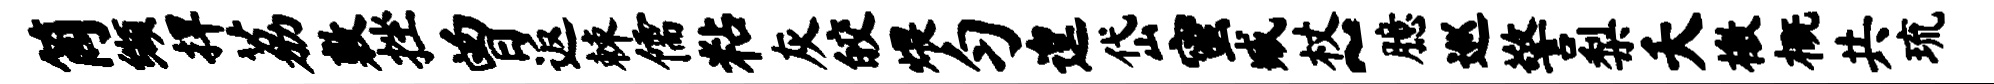
筒缬捍荔敷挫曾返棘儒粘灰皎煨匀遑岱蜜臧杖~臆巡警梨夭檄概共琉